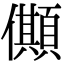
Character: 𠐾